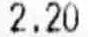
2.20